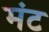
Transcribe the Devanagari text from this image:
मंट